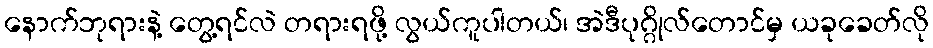
နောက်ဘုရားနဲ့ တွေ့ရင်လဲ တရားရဖို့ လွယ်ကူပါတယ်၊ အဲဒီပုဂ္ဂိုလ်တောင်မှ ယခုခေတ်လို